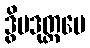
ဒွိပဒုတ္တမေ